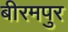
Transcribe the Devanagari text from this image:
बीरमपुर